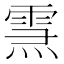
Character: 𤍱